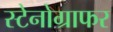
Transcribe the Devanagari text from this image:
स्टेनोग्राफर